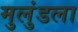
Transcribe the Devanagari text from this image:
मुलुंडला